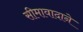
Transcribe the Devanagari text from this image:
सीमावादाने